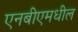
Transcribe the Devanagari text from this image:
एनबीएमधील